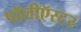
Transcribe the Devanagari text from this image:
पॉलीऍस्टर